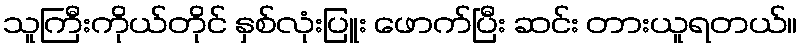
သူကြီးကိုယ်တိုင် နှစ်လုံးပြူး ဖောက်ပြီး ဆင်း တားယူရတယ်။